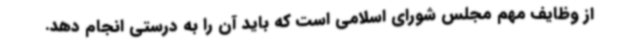
از وظایف مهم مجلس شورای اسلامی است که باید آن را به درستی انجام دهد.